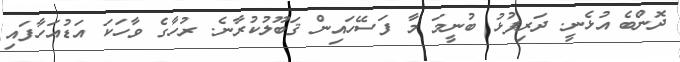
ދޮންބެ އުޅެނީ. ދަރިފުޅު ބުނީމަ މާ ފަސޭހައިން ޤަބޫލުކުރާނެ. ރުހާގެ ވާހަކަ އަޑުއަހާފައި